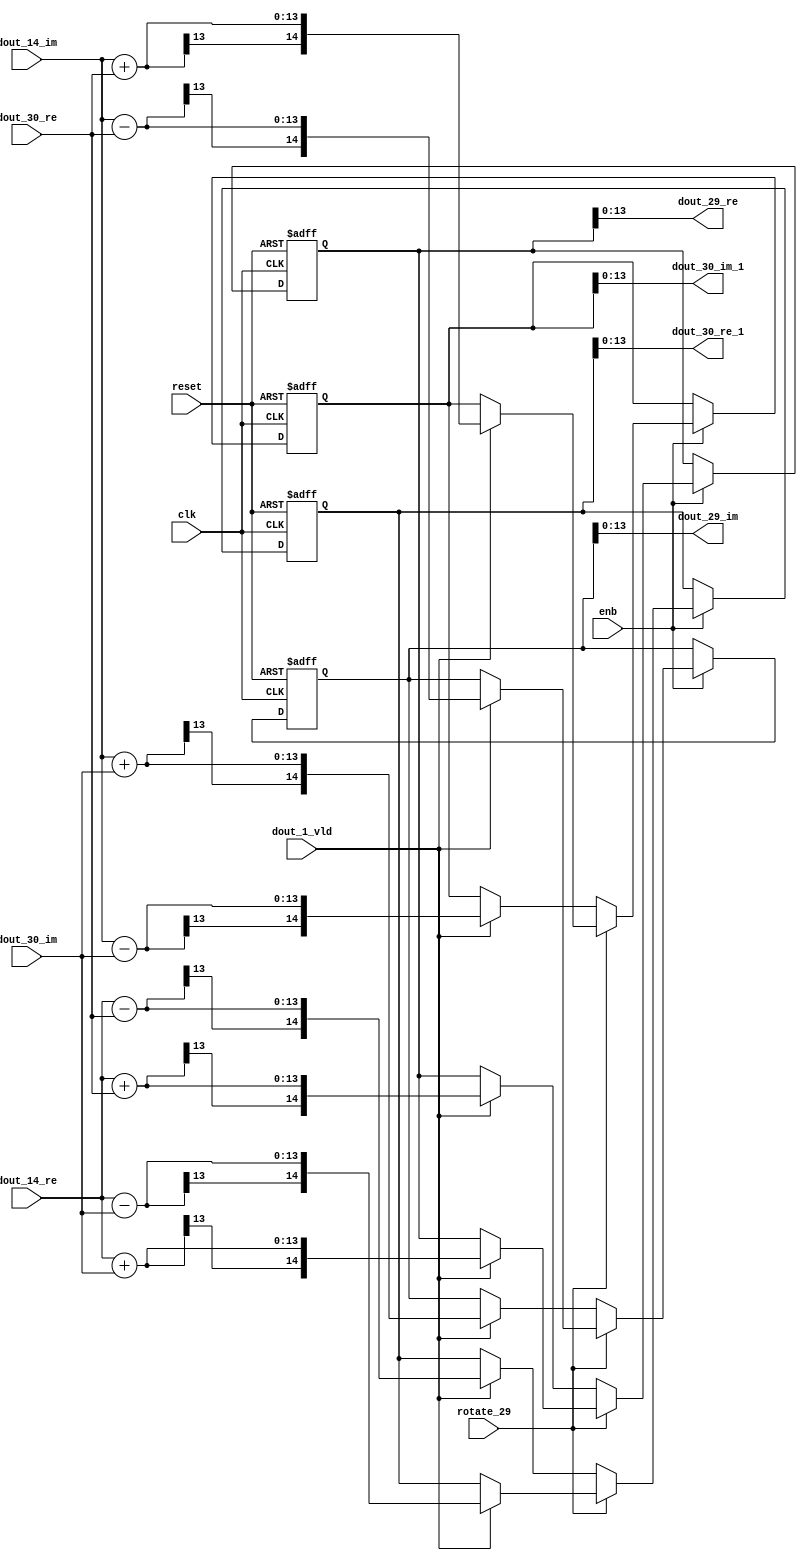
// -------------------------------------------------------------
// 
// 
// Generated by MATLAB 9.14 and HDL Coder 4.1
// 
// -------------------------------------------------------------


// -------------------------------------------------------------
// 
// Module: RADIX22FFT_SDNF2_2_block13
// Source Path: RSP/RSP/Velocity Processor/Doppler Processing/Doppler Processor/FFT/RADIX22FFT_SDNF2_2
// Hierarchy Level: 5
// 
// -------------------------------------------------------------

`timescale 1 ns / 1 ns

module RADIX22FFT_SDNF2_2_block13
          (clk,
           reset,
           enb,
           rotate_29,
           dout_14_re,
           dout_14_im,
           dout_30_re,
           dout_30_im,
           dout_1_vld,
           dout_29_re,
           dout_29_im,
           dout_30_re_1,
           dout_30_im_1);


  input   clk;
  input   reset;
  input   enb;
  input   rotate_29;  // ufix1
  input   signed [12:0] dout_14_re;  // sfix13_En10
  input   signed [12:0] dout_14_im;  // sfix13_En10
  input   signed [12:0] dout_30_re;  // sfix13_En10
  input   signed [12:0] dout_30_im;  // sfix13_En10
  input   dout_1_vld;
  output  signed [13:0] dout_29_re;  // sfix14_En10
  output  signed [13:0] dout_29_im;  // sfix14_En10
  output  signed [13:0] dout_30_re_1;  // sfix14_En10
  output  signed [13:0] dout_30_im_1;  // sfix14_En10


  wire signed [13:0] din1_re;  // sfix14_En10
  wire signed [13:0] din1_im;  // sfix14_En10
  wire signed [13:0] din2_re;  // sfix14_En10
  wire signed [13:0] din2_im;  // sfix14_En10
  reg  Radix22ButterflyG2_NF_din_vld_dly;
  reg signed [14:0] Radix22ButterflyG2_NF_btf1_re_reg;  // sfix15
  reg signed [14:0] Radix22ButterflyG2_NF_btf1_im_reg;  // sfix15
  reg signed [14:0] Radix22ButterflyG2_NF_btf2_re_reg;  // sfix15
  reg signed [14:0] Radix22ButterflyG2_NF_btf2_im_reg;  // sfix15
  reg  Radix22ButterflyG2_NF_din_vld_dly_next;
  reg signed [14:0] Radix22ButterflyG2_NF_btf1_re_reg_next;  // sfix15_En10
  reg signed [14:0] Radix22ButterflyG2_NF_btf1_im_reg_next;  // sfix15_En10
  reg signed [14:0] Radix22ButterflyG2_NF_btf2_re_reg_next;  // sfix15_En10
  reg signed [14:0] Radix22ButterflyG2_NF_btf2_im_reg_next;  // sfix15_En10
  reg signed [13:0] dout_29_re_1;  // sfix14_En10
  reg signed [13:0] dout_29_im_1;  // sfix14_En10
  reg signed [13:0] dout_30_re_2;  // sfix14_En10
  reg signed [13:0] dout_30_im_2;  // sfix14_En10
  reg  dout_2_vld;
  reg signed [14:0] Radix22ButterflyG2_NF_add_cast;  // sfix15_En10
  reg signed [14:0] Radix22ButterflyG2_NF_add_cast_0;  // sfix15_En10
  reg signed [14:0] Radix22ButterflyG2_NF_add_cast_1;  // sfix15_En10
  reg signed [14:0] Radix22ButterflyG2_NF_add_cast_2;  // sfix15_En10
  reg signed [14:0] Radix22ButterflyG2_NF_sub_cast;  // sfix15_En10
  reg signed [14:0] Radix22ButterflyG2_NF_sub_cast_0;  // sfix15_En10
  reg signed [14:0] Radix22ButterflyG2_NF_sub_cast_1;  // sfix15_En10
  reg signed [14:0] Radix22ButterflyG2_NF_sub_cast_2;  // sfix15_En10
  reg signed [14:0] Radix22ButterflyG2_NF_add_cast_3;  // sfix15_En10
  reg signed [14:0] Radix22ButterflyG2_NF_add_cast_4;  // sfix15_En10
  reg signed [14:0] Radix22ButterflyG2_NF_add_cast_5;  // sfix15_En10
  reg signed [14:0] Radix22ButterflyG2_NF_add_cast_6;  // sfix15_En10
  reg signed [14:0] Radix22ButterflyG2_NF_sub_cast_3;  // sfix15_En10
  reg signed [14:0] Radix22ButterflyG2_NF_sub_cast_4;  // sfix15_En10
  reg signed [14:0] Radix22ButterflyG2_NF_sub_cast_5;  // sfix15_En10
  reg signed [14:0] Radix22ButterflyG2_NF_sub_cast_6;  // sfix15_En10


  assign din1_re = {dout_14_re[12], dout_14_re};



  assign din1_im = {dout_14_im[12], dout_14_im};



  assign din2_re = {dout_30_re[12], dout_30_re};



  assign din2_im = {dout_30_im[12], dout_30_im};



  // Radix22ButterflyG2_NF
  always @(posedge clk or posedge reset)
    begin : Radix22ButterflyG2_NF_process
      if (reset == 1'b1) begin
        Radix22ButterflyG2_NF_din_vld_dly <= 1'b0;
        Radix22ButterflyG2_NF_btf1_re_reg <= 15'sb000000000000000;
        Radix22ButterflyG2_NF_btf1_im_reg <= 15'sb000000000000000;
        Radix22ButterflyG2_NF_btf2_re_reg <= 15'sb000000000000000;
        Radix22ButterflyG2_NF_btf2_im_reg <= 15'sb000000000000000;
      end
      else begin
        if (enb) begin
          Radix22ButterflyG2_NF_din_vld_dly <= Radix22ButterflyG2_NF_din_vld_dly_next;
          Radix22ButterflyG2_NF_btf1_re_reg <= Radix22ButterflyG2_NF_btf1_re_reg_next;
          Radix22ButterflyG2_NF_btf1_im_reg <= Radix22ButterflyG2_NF_btf1_im_reg_next;
          Radix22ButterflyG2_NF_btf2_re_reg <= Radix22ButterflyG2_NF_btf2_re_reg_next;
          Radix22ButterflyG2_NF_btf2_im_reg <= Radix22ButterflyG2_NF_btf2_im_reg_next;
        end
      end
    end

  always @(Radix22ButterflyG2_NF_btf1_im_reg, Radix22ButterflyG2_NF_btf1_re_reg,
       Radix22ButterflyG2_NF_btf2_im_reg, Radix22ButterflyG2_NF_btf2_re_reg,
       Radix22ButterflyG2_NF_din_vld_dly, din1_im, din1_re, din2_im, din2_re,
       dout_1_vld, rotate_29) begin
    Radix22ButterflyG2_NF_add_cast_1 = 15'sb000000000000000;
    Radix22ButterflyG2_NF_add_cast_2 = 15'sb000000000000000;
    Radix22ButterflyG2_NF_sub_cast_1 = 15'sb000000000000000;
    Radix22ButterflyG2_NF_sub_cast_2 = 15'sb000000000000000;
    Radix22ButterflyG2_NF_add_cast_5 = 15'sb000000000000000;
    Radix22ButterflyG2_NF_add_cast_6 = 15'sb000000000000000;
    Radix22ButterflyG2_NF_sub_cast_5 = 15'sb000000000000000;
    Radix22ButterflyG2_NF_sub_cast_6 = 15'sb000000000000000;
    Radix22ButterflyG2_NF_add_cast = 15'sb000000000000000;
    Radix22ButterflyG2_NF_add_cast_0 = 15'sb000000000000000;
    Radix22ButterflyG2_NF_sub_cast = 15'sb000000000000000;
    Radix22ButterflyG2_NF_sub_cast_0 = 15'sb000000000000000;
    Radix22ButterflyG2_NF_add_cast_3 = 15'sb000000000000000;
    Radix22ButterflyG2_NF_add_cast_4 = 15'sb000000000000000;
    Radix22ButterflyG2_NF_sub_cast_3 = 15'sb000000000000000;
    Radix22ButterflyG2_NF_sub_cast_4 = 15'sb000000000000000;
    Radix22ButterflyG2_NF_btf1_re_reg_next = Radix22ButterflyG2_NF_btf1_re_reg;
    Radix22ButterflyG2_NF_btf1_im_reg_next = Radix22ButterflyG2_NF_btf1_im_reg;
    Radix22ButterflyG2_NF_btf2_re_reg_next = Radix22ButterflyG2_NF_btf2_re_reg;
    Radix22ButterflyG2_NF_btf2_im_reg_next = Radix22ButterflyG2_NF_btf2_im_reg;
    Radix22ButterflyG2_NF_din_vld_dly_next = dout_1_vld;
    if (rotate_29 != 1'b0) begin
      if (dout_1_vld) begin
        Radix22ButterflyG2_NF_add_cast_1 = {din1_re[13], din1_re};
        Radix22ButterflyG2_NF_add_cast_2 = {din2_im[13], din2_im};
        Radix22ButterflyG2_NF_btf1_re_reg_next = Radix22ButterflyG2_NF_add_cast_1 + Radix22ButterflyG2_NF_add_cast_2;
        Radix22ButterflyG2_NF_sub_cast_1 = {din1_re[13], din1_re};
        Radix22ButterflyG2_NF_sub_cast_2 = {din2_im[13], din2_im};
        Radix22ButterflyG2_NF_btf2_re_reg_next = Radix22ButterflyG2_NF_sub_cast_1 - Radix22ButterflyG2_NF_sub_cast_2;
        Radix22ButterflyG2_NF_add_cast_5 = {din1_im[13], din1_im};
        Radix22ButterflyG2_NF_add_cast_6 = {din2_re[13], din2_re};
        Radix22ButterflyG2_NF_btf2_im_reg_next = Radix22ButterflyG2_NF_add_cast_5 + Radix22ButterflyG2_NF_add_cast_6;
        Radix22ButterflyG2_NF_sub_cast_5 = {din1_im[13], din1_im};
        Radix22ButterflyG2_NF_sub_cast_6 = {din2_re[13], din2_re};
        Radix22ButterflyG2_NF_btf1_im_reg_next = Radix22ButterflyG2_NF_sub_cast_5 - Radix22ButterflyG2_NF_sub_cast_6;
      end
    end
    else if (dout_1_vld) begin
      Radix22ButterflyG2_NF_add_cast = {din1_re[13], din1_re};
      Radix22ButterflyG2_NF_add_cast_0 = {din2_re[13], din2_re};
      Radix22ButterflyG2_NF_btf1_re_reg_next = Radix22ButterflyG2_NF_add_cast + Radix22ButterflyG2_NF_add_cast_0;
      Radix22ButterflyG2_NF_sub_cast = {din1_re[13], din1_re};
      Radix22ButterflyG2_NF_sub_cast_0 = {din2_re[13], din2_re};
      Radix22ButterflyG2_NF_btf2_re_reg_next = Radix22ButterflyG2_NF_sub_cast - Radix22ButterflyG2_NF_sub_cast_0;
      Radix22ButterflyG2_NF_add_cast_3 = {din1_im[13], din1_im};
      Radix22ButterflyG2_NF_add_cast_4 = {din2_im[13], din2_im};
      Radix22ButterflyG2_NF_btf1_im_reg_next = Radix22ButterflyG2_NF_add_cast_3 + Radix22ButterflyG2_NF_add_cast_4;
      Radix22ButterflyG2_NF_sub_cast_3 = {din1_im[13], din1_im};
      Radix22ButterflyG2_NF_sub_cast_4 = {din2_im[13], din2_im};
      Radix22ButterflyG2_NF_btf2_im_reg_next = Radix22ButterflyG2_NF_sub_cast_3 - Radix22ButterflyG2_NF_sub_cast_4;
    end
    dout_29_re_1 = Radix22ButterflyG2_NF_btf1_re_reg[13:0];
    dout_29_im_1 = Radix22ButterflyG2_NF_btf1_im_reg[13:0];
    dout_30_re_2 = Radix22ButterflyG2_NF_btf2_re_reg[13:0];
    dout_30_im_2 = Radix22ButterflyG2_NF_btf2_im_reg[13:0];
    dout_2_vld = Radix22ButterflyG2_NF_din_vld_dly;
  end



  assign dout_29_re = dout_29_re_1;

  assign dout_29_im = dout_29_im_1;

  assign dout_30_re_1 = dout_30_re_2;

  assign dout_30_im_1 = dout_30_im_2;

endmodule  // RADIX22FFT_SDNF2_2_block13